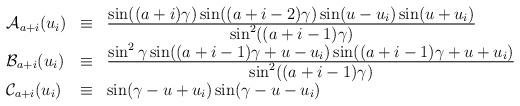
LaTeX: \begin{align*}\begin{array}{lll}{\cal A}_{a+i}(u_i)&\equiv&\frac{\textstyle \sin((a+i)\gamma)\sin((a+i-2)\gamma)\sin(u-u_i)\sin(u+u_i)}{\textstyle \sin^2((a+i-1)\gamma)}\\{\cal B}_{a+i}(u_i)&\equiv&\frac{\textstyle\sin^2\gamma\sin((a+i-1)\gamma+u-u_i)\sin((a+i-1)\gamma+u+u_i)}{\textstyle\sin^2((a+i-1)\gamma)}\\{\cal C}_{a+i}(u_i)&\equiv&\sin(\gamma-u+u_i)\sin(\gamma-u-u_i)\end{array}\end{align*}